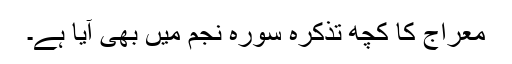
معراج کا کچھ تذکرہ سورہ نجم میں بھی آیا ہے۔